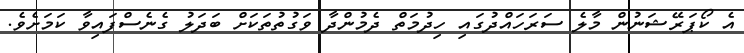
އެ ކޯޕަރޭޝަނުން މާލެ ސަރަހައްދުގައި ހިދުމަތް ދެމުންދާ ވަގުތުތަކަށް ބަދަލު ގެނެސްފައިވާ ކަމަށެވެ.